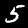
Label: 5